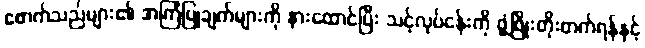
ဖောက်သည်များ၏ အကြံပြုချက်များကို နားထောင်ပြီး သင့်လုပ်ငန်းကို ဖွံ့ဖြိုးတိုးတက်ရန်နှင့်